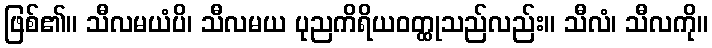
ဖြစ်၏။ သီလမယံပိ၊ သီလမယ ပုညကိရိယဝတ္ထုသည်လည်း။ သီလံ၊ သီလကို။